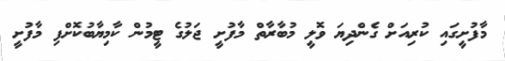
މާފުށީގައި ކުރިއަށް ގެންދިޔަ ވޮލީ މުބާރާތް މާފުށީ ޖަލުގެ ޓީމުން ކާމިޔާބުކޮށްފި މާފުށީ